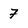
Character: 7